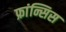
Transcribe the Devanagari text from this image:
फ्रांन्सिस